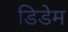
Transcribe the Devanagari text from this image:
डिडेम